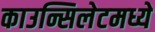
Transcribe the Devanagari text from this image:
काउन्सिलेटमध्ये